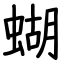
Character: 蝴